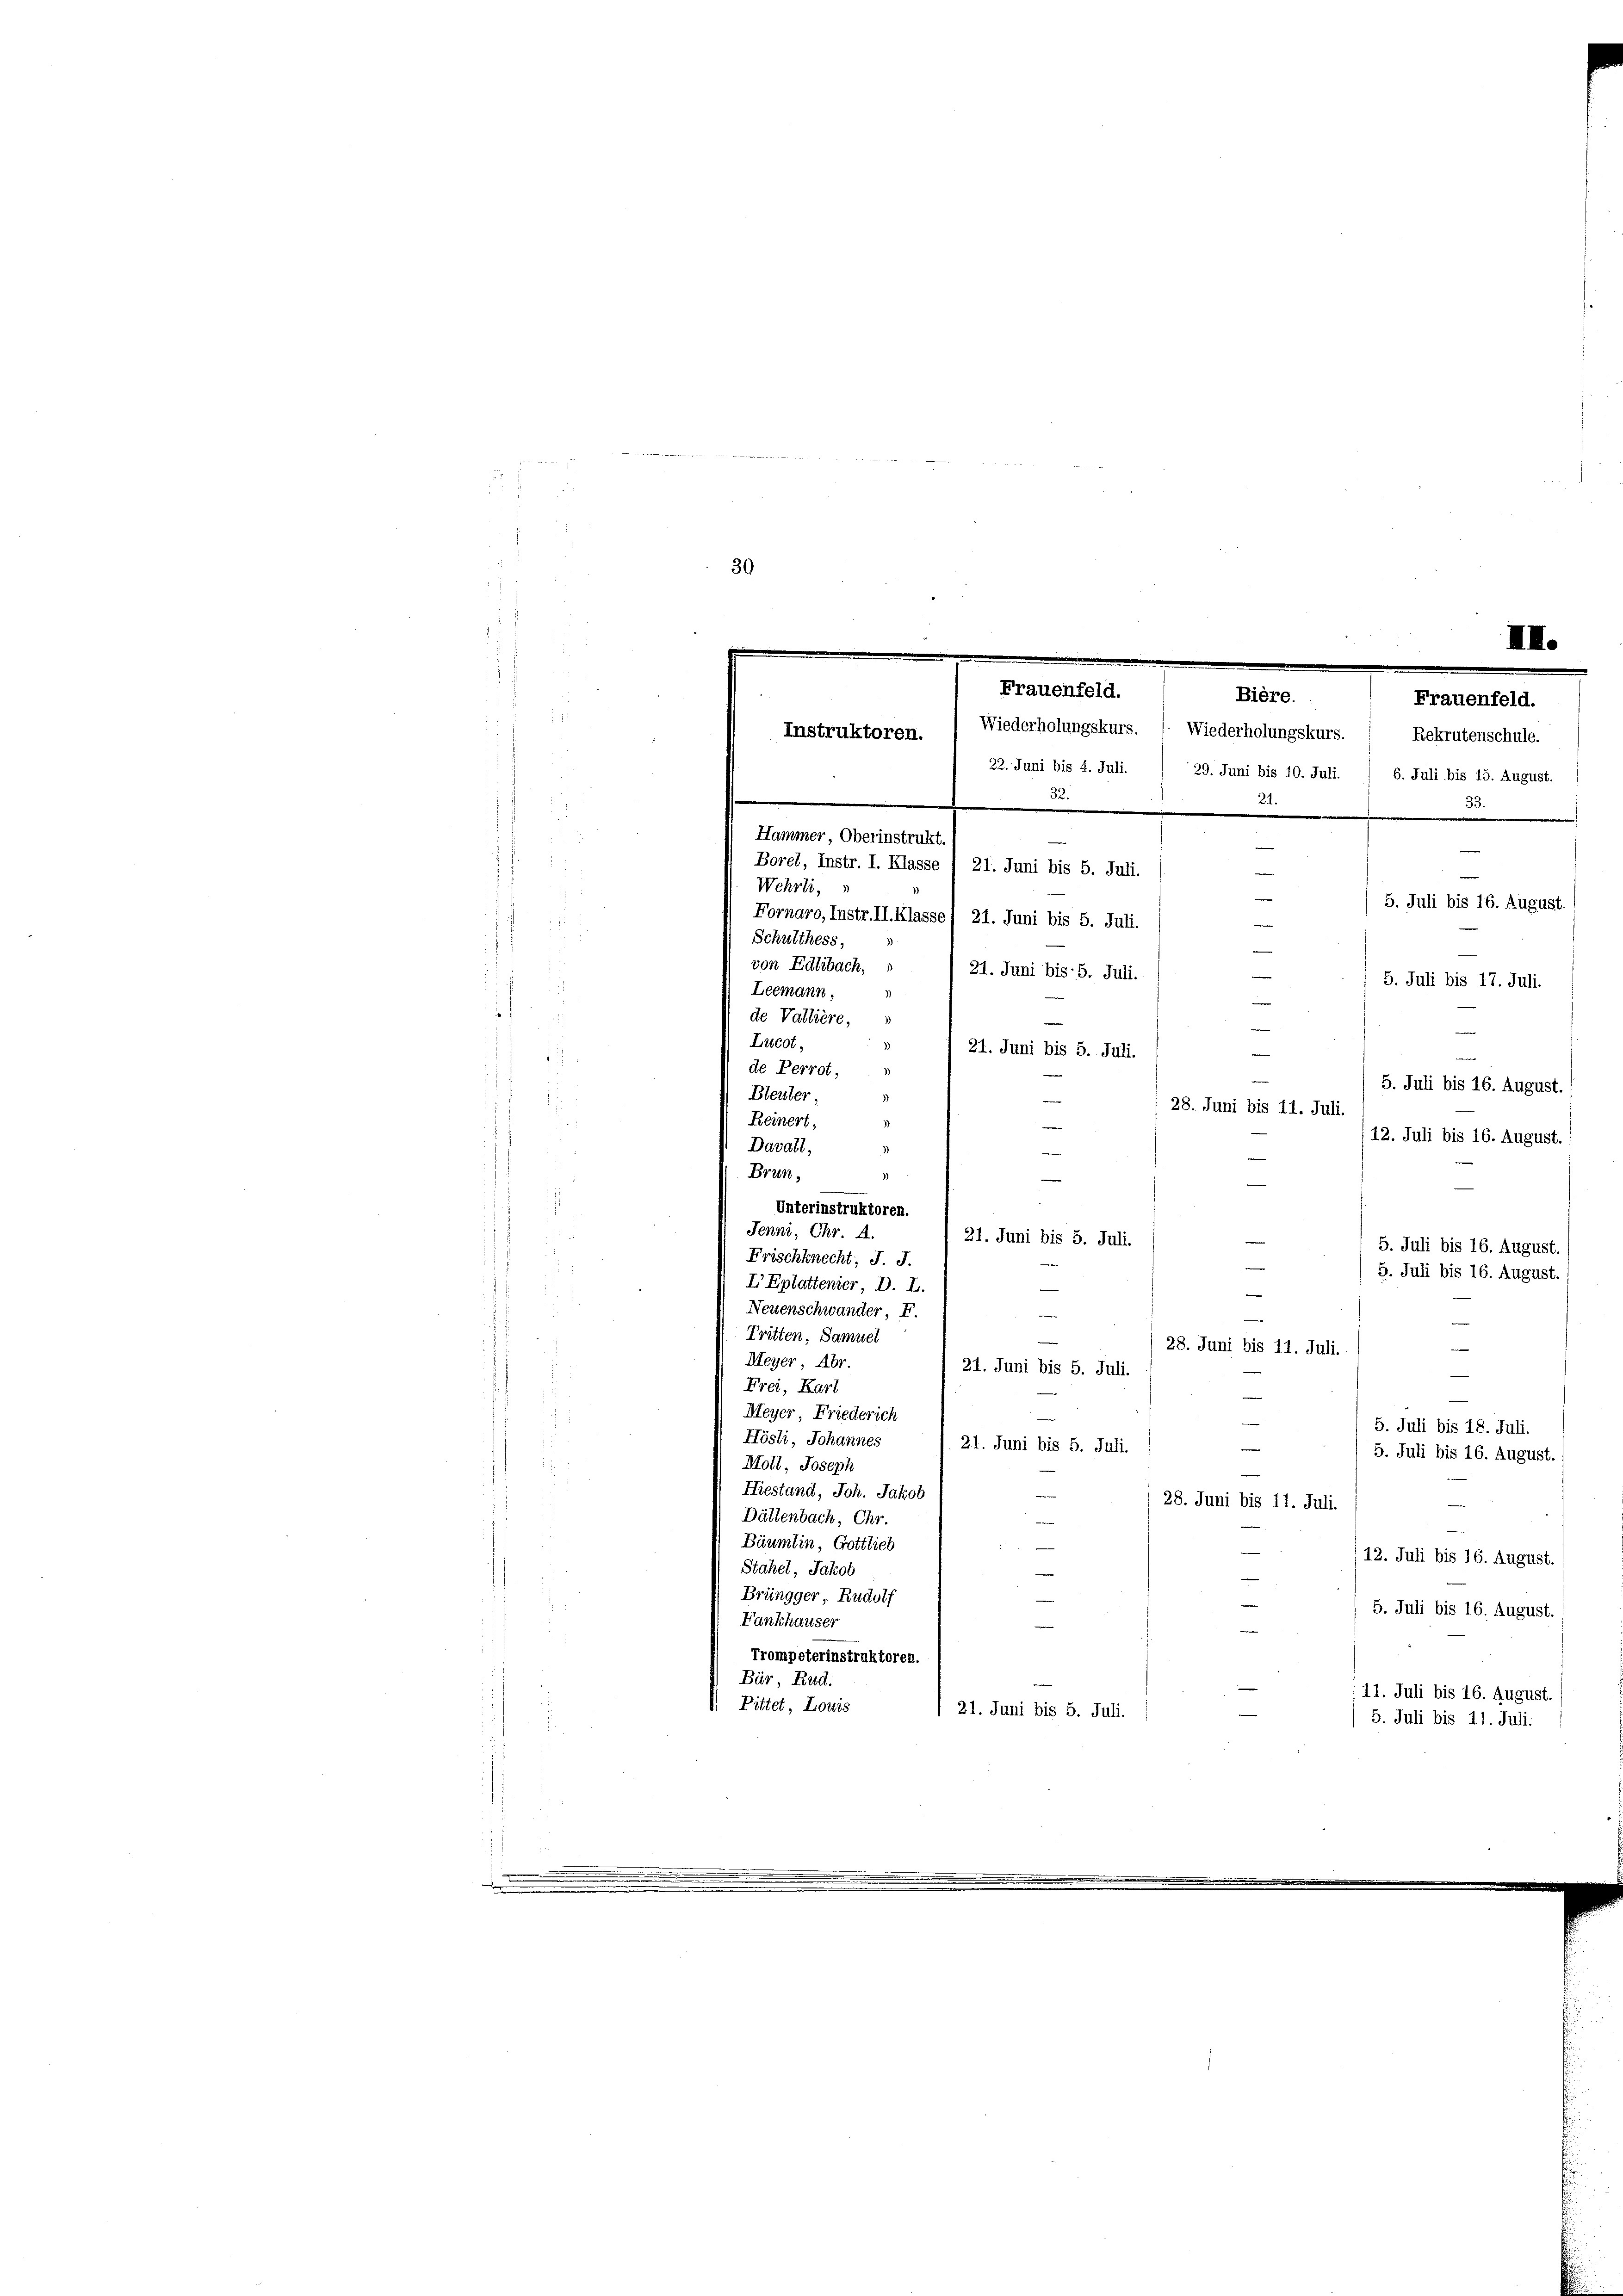
da die werden wir den sein

d
30

.
8

¬
Frauenfeld.
Bière.
Wiederholungskurs. 1. Wiederholungskurs. " Rekrutenschule.
Instruktoren.
22. Juni bis 4. Juli. / 29. Juni bis 10. Juli. / 6. Juli bis 15. August.
.
.
21.

Hammer Oberinstrukt.
e
Borel, Instr. I. Klasse / 21. Juni bis 5. Juli.

III.
Frauenfeld.
33
Wehrli,
5. Juli bis 16. August.
Fornaro, Instr. II. Klasse) 21. Juni bis 5. Juli.
Schulthess,
von Edlibach,
21. Juni bis 5. Juli.
5. Juli bis 17. Juli.
Leemann.
de Vallière,
—
3)
Lucot.
21. Juni bis 5. Juli.
de Perrot,
5. Juli bis 16. August.
Bleuter,
28. Juni bis 11. Juli.
1
Reinert,

.
12. Juli bis 16. August.
¬
Davall,
)
Brune
Unterinstruktoren.

Jenni, Chr. A.
e
21. Juni bis 5. Juli.
5. Juli bis 16. August.
5
Frischknecht, J. J.
5
5. Juli bis 16. August.
I Eplattenier D. I.
2
Neuenschwander F.
e
Tritten, Samuel
.
Meyer Abr.
21. Juni bis 5. Juli.
Frei, Karl
Meyer, Friederich
5. Juli bis 18. Juli.
d
Hösli, Johannes
21. Juni bis 5. Juli
5. Juli bis 16. August.
i
Moll, Joseph
Hiestand, Joh. Jakob
28. Juni bis 11. Juli.
Dättenbach, Chr.
Bürmtin, Gottlich
/12. Juli bis 16. August.
Stahel, Jakob
Brüngger Rudolf
5. Juli bis 16. August.
Fankhauser
Trompeterinstruktoren
Bür, Rud.
t
11. Juli bis 16. August.
: Bittet, Louis
1 21. Juni bis 5. Juli.
5. Juli bis 11. Juli.

e
28. Juni bis 11. Juli.
mier |
e